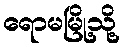
ရောမမြို့သို့